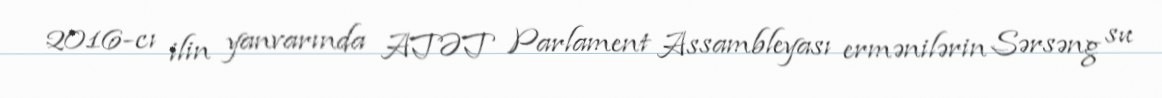
2016-cı ilin yanvarında ATƏT Parlament Assambleyası ermənilərin Sərsəng su